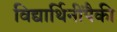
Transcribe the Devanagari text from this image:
विद्यार्थिनींपैकी